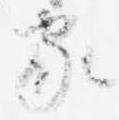
家